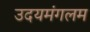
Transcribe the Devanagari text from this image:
उदयमंगलम